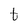
Character: t